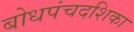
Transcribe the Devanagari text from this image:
बोधपंचदशिका